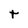
Character: t